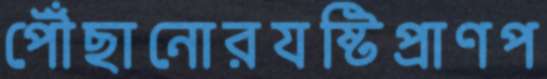
পৌঁছানোরযষ্টিপ্রাণপ